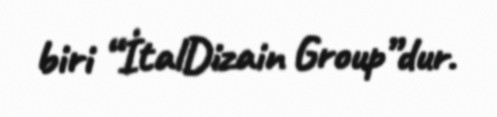
biri “İtalDizain Group”dur.